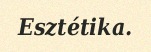
Esztétika.